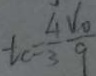
t c = \frac { 4 } { 3 } \frac { v _ { 0 } } { 9 }